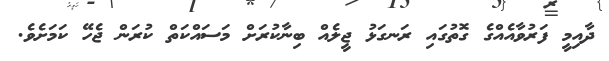
ދާއިމީ ފަރުވާއެއްގެ ގޮތުގައި ރަނގަޅު ޖީލެއް ބިނާކުރަށް މަސައްކަތް ކުރަން ޖެހޭ ކަމަށެވެ.